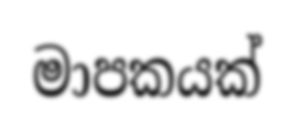
මාපකයක්